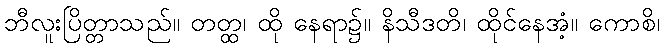
ဘီလူးပြိတ္တာသည်။ တတ္ထ၊ ထို နေရာ၌။ နိသီဒတိ၊ ထိုင်နေအံ့။ ကောစိ၊